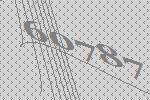
60787